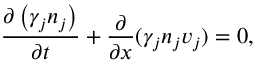
\frac { \partial \left( \gamma _ { j } n _ { j } \right) } { \partial t } + \frac { \partial } { \partial x } ( \gamma _ { j } n _ { j } { v } _ { j } ) = 0 ,